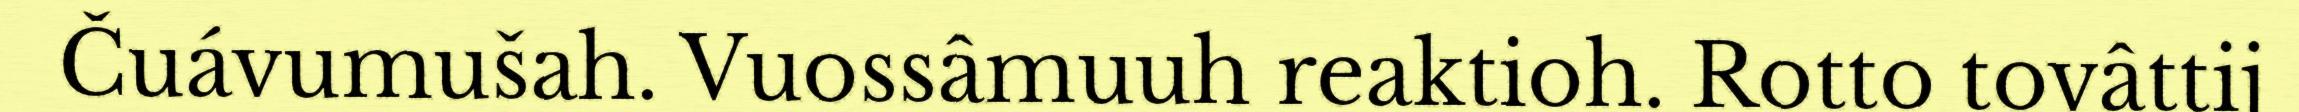
Čuávumušah. Vuossâmuuh reaktioh. Rotto tovâttij